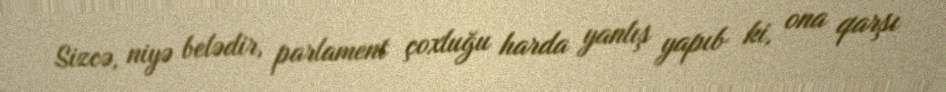
Sizcə, niyə belədir, parlament çoxluğu harda yanlış yapıb ki, ona qarşı